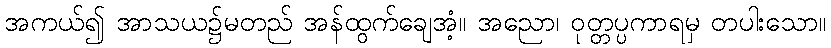
အကယ်၍ အာသယ၌မတည် အန်ထွက်ချေအံ့။ အညော၊ ဝုတ္တပ္ပကာရမှ တပါးသော။